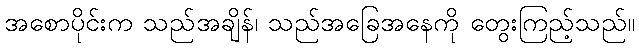
အစောပိုင်းက သည်အချိန်၊ သည်အခြေအနေကို တွေးကြည့်သည်။